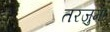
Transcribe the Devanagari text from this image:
तरजुमा